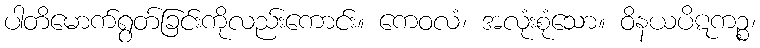
ပါတိမောက်ရွတ်ခြင်းကိုလည်းကောင်း။ ကေဝလံ၊ အလုံးစုံသော။ ဝိနယပိဋကဉ္စ၊